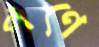
পণে